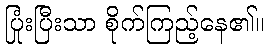
ပြုံးပြီးသာ စိုက်ကြည့်နေ၏။